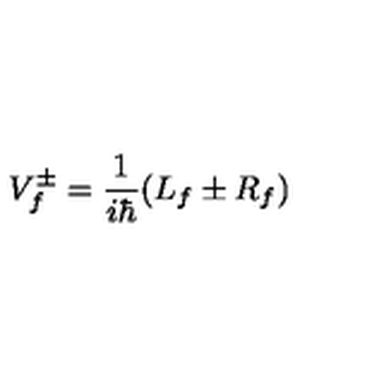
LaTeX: V _ { f } ^ { \pm } = \frac { 1 } { i \hbar } ( L _ { f } \pm R _ { f } )